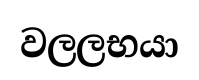
වලලභයා